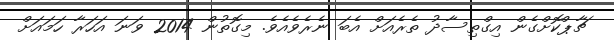
ޗާޕްކޮށްގެން އިގްތިސާދު ތެރެއަށް އެބަ ނެރެވެއެވެ. މިގޮތުން 2014 ވަނަ އަހަރާ ހަމައަށް